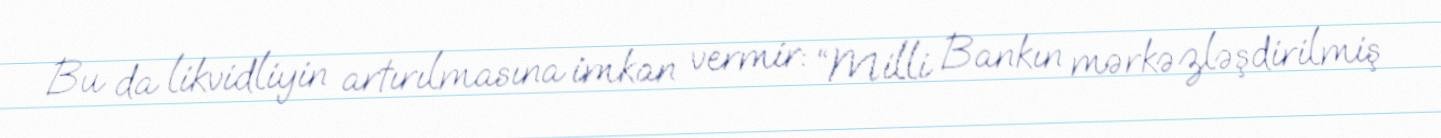
Bu da likvidliyin artırılmasına imkan vermir: “Milli Bankın mərkəzləşdirilmiş